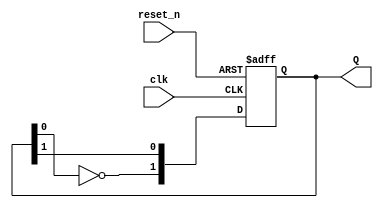
module dual_stage_johnson_counter (
    input wire clk,        // Clock signal
    input wire reset_n,    // Asynchronous reset (active low)
    output reg [1:0] Q     // 2-bit output
);

    // State transition logic
    always @(posedge clk or negedge reset_n) begin
        if (!reset_n) begin
            // Asynchronous reset to known state (00)
            Q <= 2'b00;
        end else begin
            // Johnson counter state transition
            Q[0] <= Q[1];          // Q1 takes the value of Q2
            Q[1] <= ~Q[0];         // Q2 takes the inverted value of Q1
        end
    end

endmodule